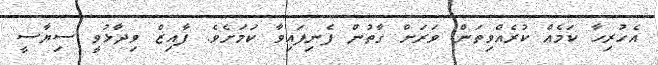
އެހުރިހާ ކަމެއް ކުރެއްވިތަން ވަރަށް ގާތުން ފެނިފައިވާ ކަމަށެވެ. ފާއިޒް ވިދާޅުވީ ސިޔާސީ